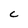
Character: C